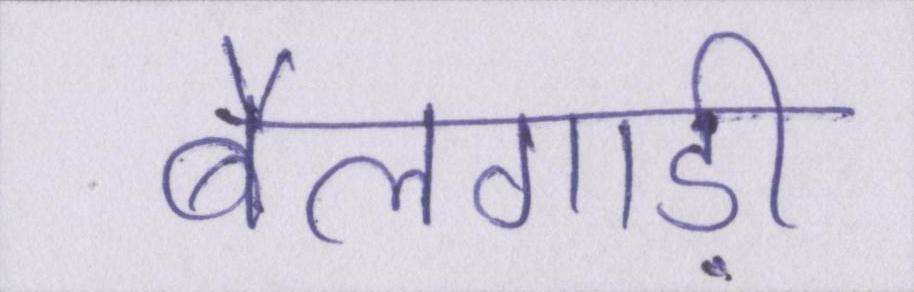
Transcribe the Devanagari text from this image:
बैलगाड़ी